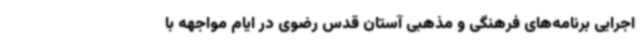
اجرایی برنامه‌های فرهنگی و مذهبی آستان قدس رضوی در ایام مواجهه با